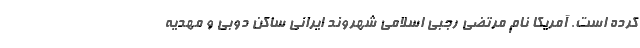
کرده است. آمریکا نام مرتضی رجبی اسلامی شهروند ایرانی ساکن دوبی و مهدیه